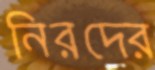
নিরদের